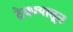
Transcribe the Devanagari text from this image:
ठेवण्यातून